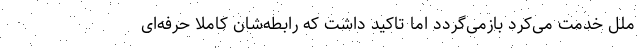
ملل خدمت می‌کرد بازمی‌گردد اما تاکید داشت که رابطه‌شان کاملا حرفه‌ای